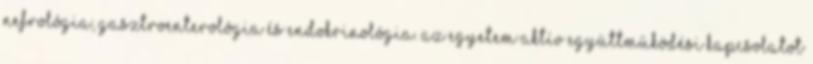
nefrológia, gasztroenterológia és endokrinológia. Az egyetem aktív együttmûködési kapcsolatot